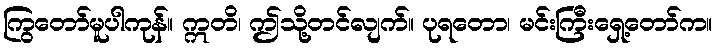
ကြွတော်မူပါကုန်။ ဣတိ၊ ဤသို့တင်လျက်။ ပုရတော၊ မင်းကြီးရှေ့တော်က။